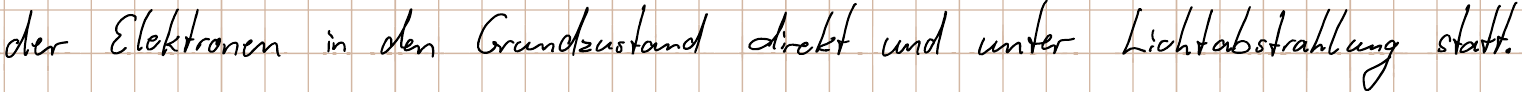
der Elektronen in den Grundzustand direkt und unter Lichtabstrahlung statt.